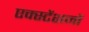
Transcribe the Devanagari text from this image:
एक्स्टेंशनों